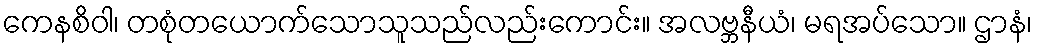
ကေနစိဝါ၊ တစုံတယောက်သောသူသည်လည်းကောင်း။ အလဗ္ဘနီယံ၊ မရအပ်သော။ ဌာနံ၊